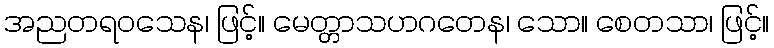
အညတရဝသေန၊ ဖြင့်။ မေတ္တာသဟဂတေန၊ သော။ စေတသာ၊ ဖြင့်။